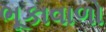
ભૂકાવાળો